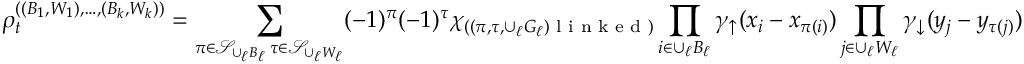
\rho _ { t } ^ { ( ( B _ { 1 } , W _ { 1 } ) , \ldots , ( B _ { k } , W _ { k } ) ) } = \sum _ { \substack { \pi \in \mathcal { S } _ { \cup _ { \ell } B _ { \ell } } \, \tau \in \mathcal { S } _ { \cup _ { \ell } W _ { \ell } } } } ( - 1 ) ^ { \pi } ( - 1 ) ^ { \tau } \chi _ { ( ( \pi , \tau , \cup _ { \ell } G _ { \ell } ) \textnormal { l i n k e d } ) } \prod _ { i \in \cup _ { \ell } B _ { \ell } } \gamma _ { \uparrow } ( x _ { i } - x _ { \pi ( i ) } ) \prod _ { j \in \cup _ { \ell } W _ { \ell } } \gamma _ { \downarrow } ( y _ { j } - y _ { \tau ( j ) } )